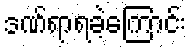
ဒဏ်ရာရခဲ့ကြောင်း